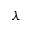
\lambda